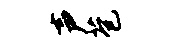
声苞